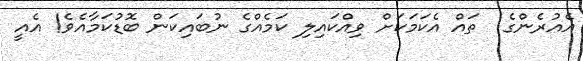
އެއުރެންގެ  ތައް އެކަމަކަށް ވިއްކައިލި ކަމެއްގެ ނުބައިކަން ބޮޑުކަމާއެވެ! އެއީ